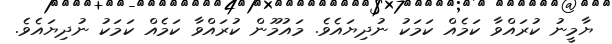
ޔާމީނު ކުރައްވާ ކަމެއް ކަމަކު ނުދިޔައެވެ. މައުމޫން ކުރައްވާ ކަމެއް ކަމަކު ނުދިޔައެވެ.